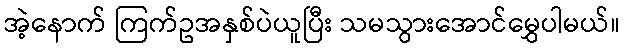
အဲ့နောက် ကြက်ဥအနှစ်ပဲယူပြီး သမသွားအောင်မွှေပါမယ်။